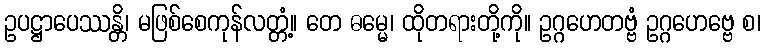
ဥပဋ္ဌာပေဿန္တိ၊ မဖြစ်စေကုန်လတ္တံ့။ တေ ဓမ္မေ၊ ထိုတရားတို့ကို။ ဥဂ္ဂဟေတဗ္ဗံ ဥဂ္ဂဟေဗ္ဗေ စ၊